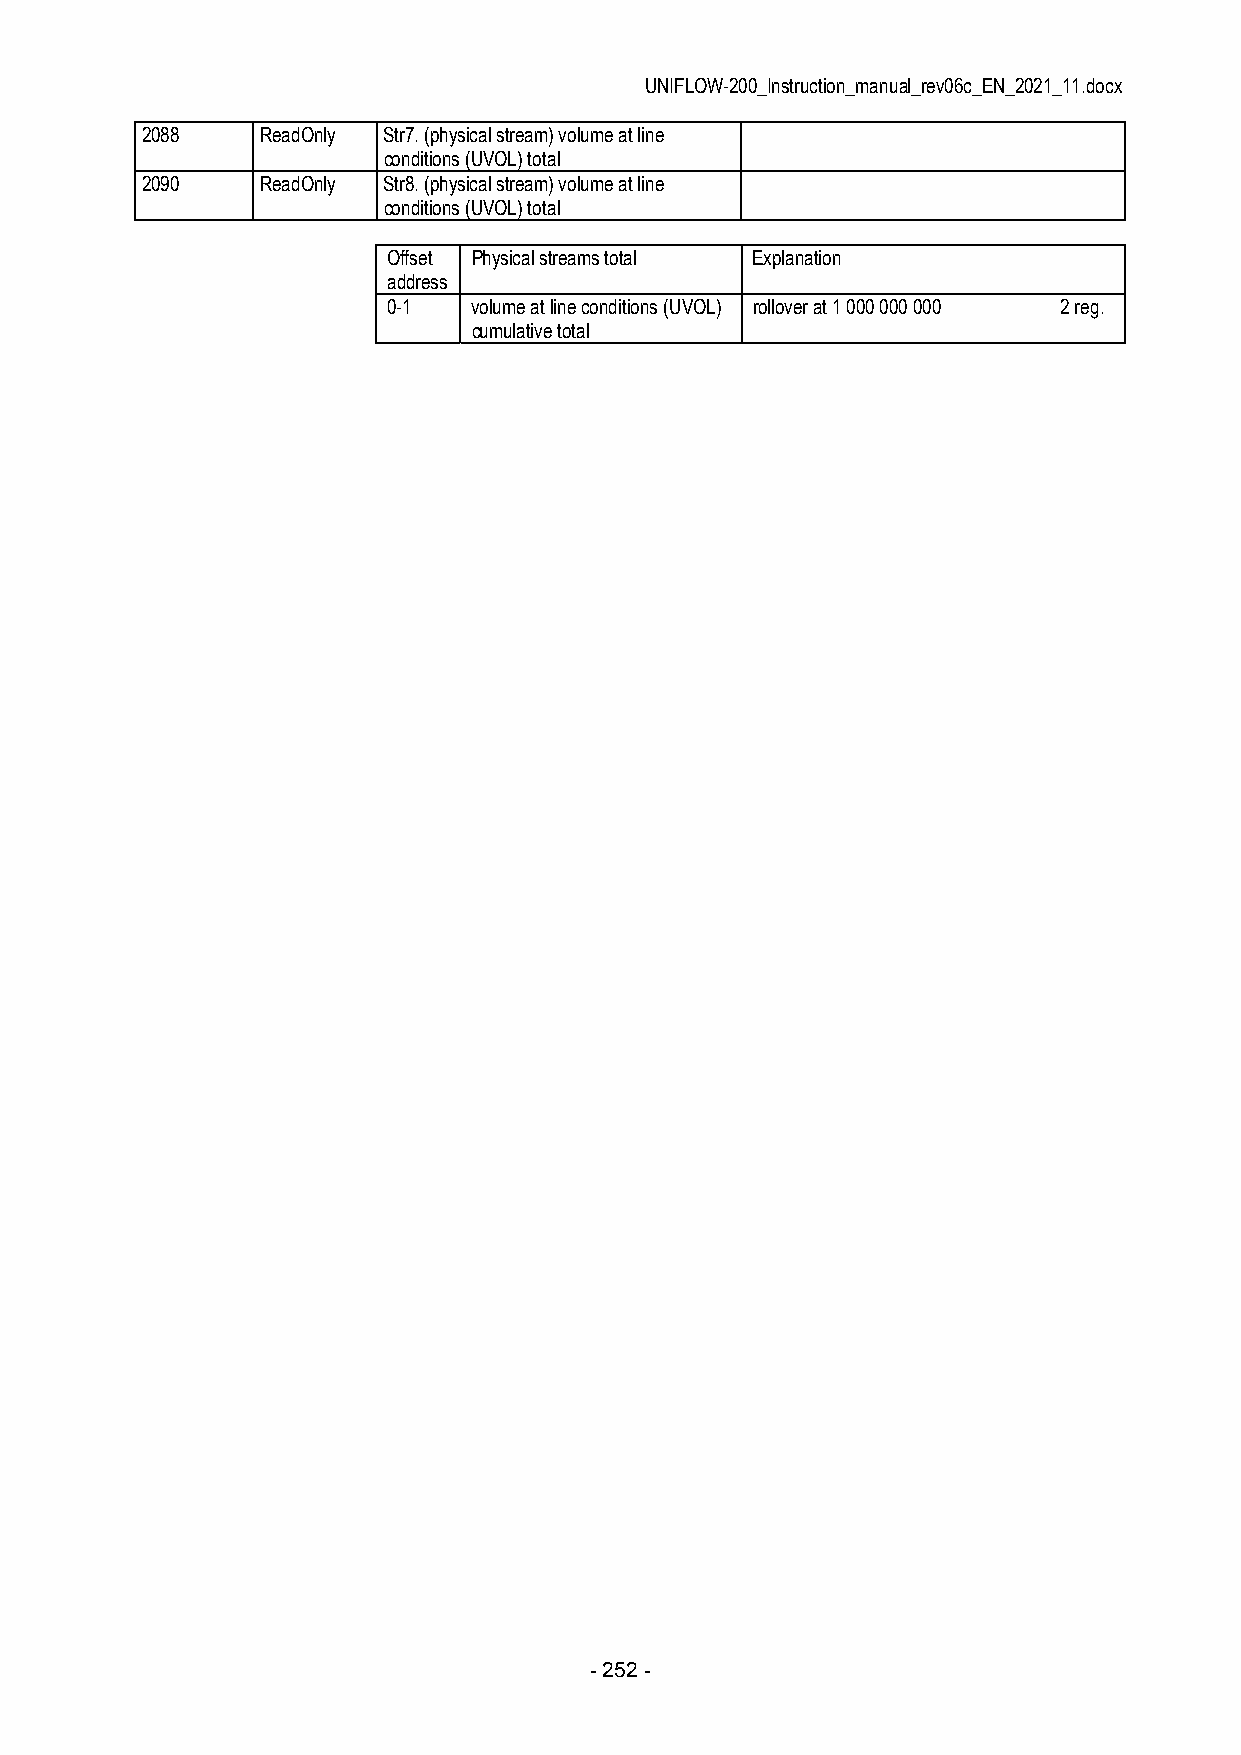
UNIFLOW-200_Instruction_manual_rev06c_EN_2021_11.docx
 2088    ReadOnly Str7. (physical stream) volume at line
 conditions (UVOL) total
 2090    ReadOnly Str8. (physical stream) volume at line
 conditions (UVOL) total
 Offset Physical streams total Explanation
 address
 0-1  volume at line conditions (UVOL) rollover at 1 000 000 000 2 reg.
 cumulative total
 - 252 -